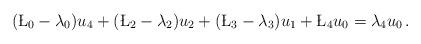
LaTeX: \begin{align*} (\L_0-\lambda_0) u_4 + (\L_2-\lambda_2) u_2 + (\L_3 -\lambda_3) u_1+ \L_4 u_0 = \lambda_4 u_0\,.\end{align*}